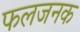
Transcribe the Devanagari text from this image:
फलजनक